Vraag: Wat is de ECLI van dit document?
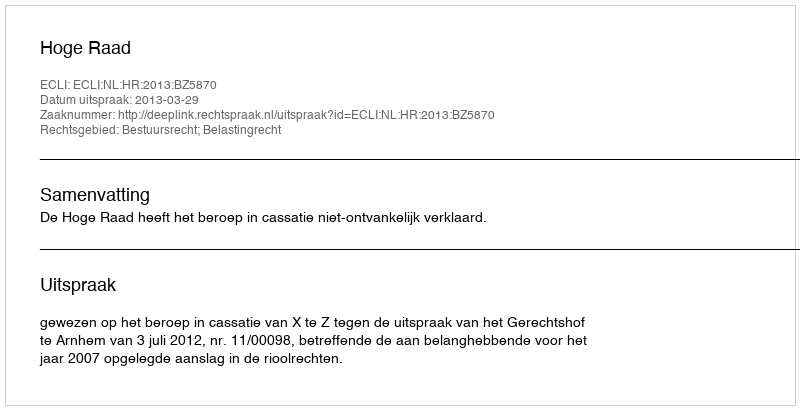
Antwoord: ECLI:NL:HR:2013:BZ5870